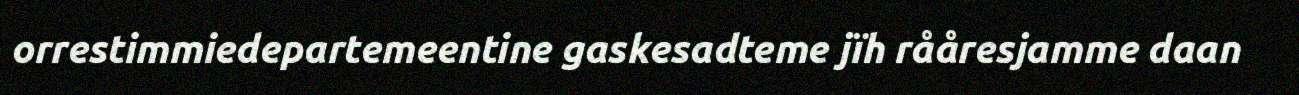
orrestimmiedepartemeentine gaskesadteme jïh rååresjamme daan